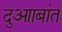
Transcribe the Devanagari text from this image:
दुआाबांत